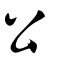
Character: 公